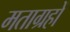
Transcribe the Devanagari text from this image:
मताग्रहों